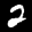
Label: 2